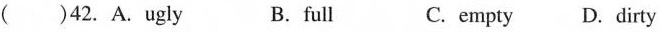
( )42. A.ugly B.full C. empty D.dirty